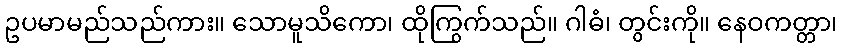
ဥပမာမည်သည်ကား။ သောမူသိကော၊ ထိုကြွက်သည်။ ဂါဓံ၊ တွင်းကို။ နေဝကတ္တာ၊